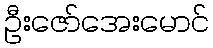
ဦးဇော်အေးမောင်